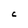
Character: C